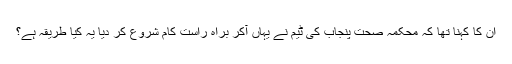
ان کا کہنا تھا کہ محکمہ صحت پنجاب کی ٹیم نے یہاں آکر براہ راست کام شروع کر دیا یہ کیا طریقہ ہے؟